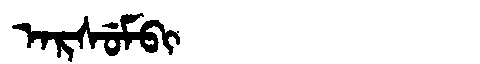
Manchu: ᠠᡵᠰᡠᠮᠪᡳ
Romanization: ARSUMBI